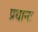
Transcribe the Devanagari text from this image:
प्रधानः